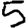
Digit: 5